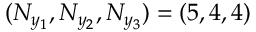
( N _ { y _ { 1 } } , N _ { y _ { 2 } } , N _ { y _ { 3 } } ) = ( 5 , 4 , 4 )